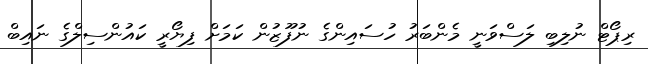
ރިޕޯޓް ނުލިބި ލަސްވަނީ މެންބަރު ހުސައިންގެ ނުފޫޒުން ކަމަށް ފިޔޯރީ ކައުންސިލްގެ ނައިބް